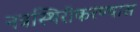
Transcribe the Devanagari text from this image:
नत्रस्थिरीकरण्यास